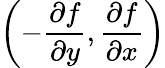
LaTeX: \left(-\frac{\partial f}{\partial y},\frac{\partial f}{\partial x}\right)